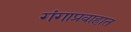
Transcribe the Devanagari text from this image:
गंगाप्रवाहात